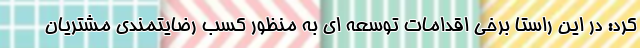
کرد: در این راستا برخی اقدامات توسعه ای به منظور کسب رضایتمندی مشتریان